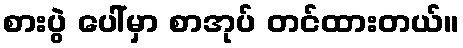
စားပွဲ ပေါ်မှာ စာအုပ် တင်ထားတယ်။